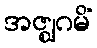
အဇ္ဈဂမိံ